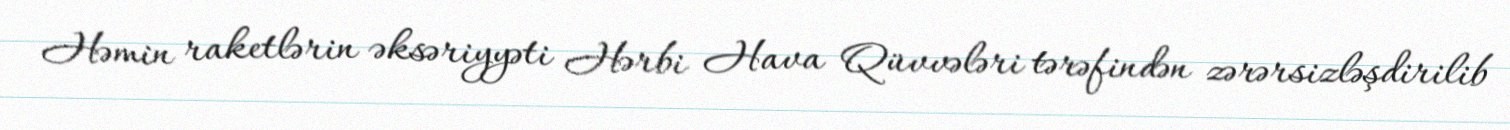
Həmin raketlərin əksəriyyəti Hərbi Hava Qüvvələri tərəfindən zərərsizləşdirilib